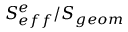
S _ { e f f } ^ { e } / S _ { g e o m }